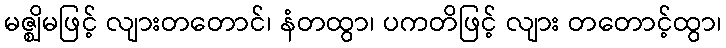
မဇ္ဈိမဖြင့် လျားတတောင်၊ နံတထွာ၊ ပကတိဖြင့် လျား တတောင့်ထွာ၊